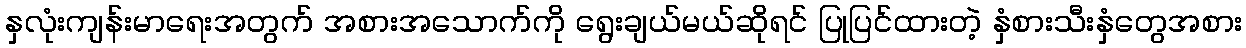
နှလုံးကျန်းမာရေးအတွက် အစားအသောက်ကို ရွေးချယ်မယ်ဆိုရင် ပြုပြင်ထားတဲ့ နှံစားသီးနှံတွေအစား